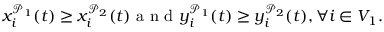
x _ { i } ^ { \mathcal { P } _ { 1 } } ( t ) \geq x _ { i } ^ { \mathcal { P } _ { 2 } } ( t ) \mathrm { ~ a ~ n ~ d ~ } y _ { i } ^ { \mathcal { P } _ { 1 } } ( t ) \geq y _ { i } ^ { \mathcal { P } _ { 2 } } ( t ) , \forall i \in V _ { 1 } .